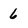
Character: 6